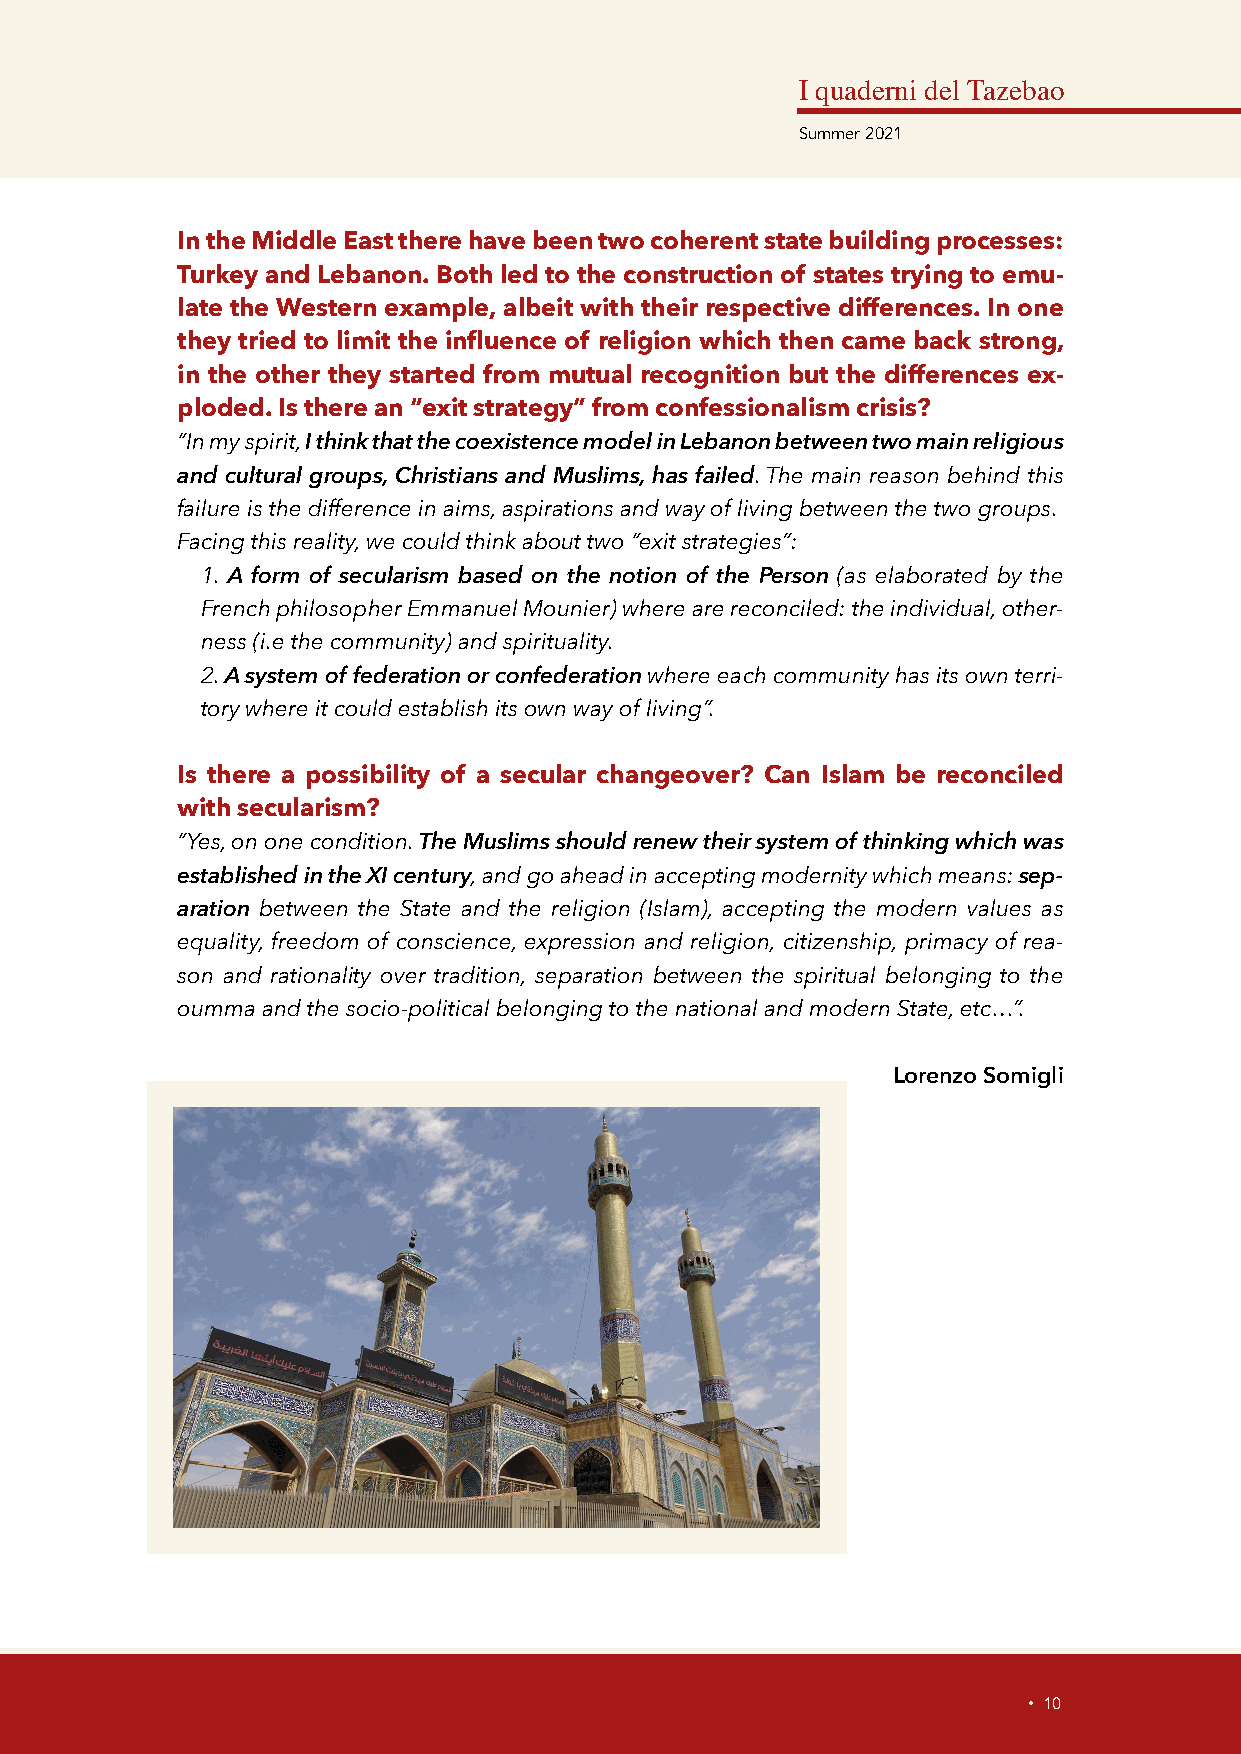
I quaderni del Tazebao
 Summer 2021
 In the Middle East there have been two coherent state building processes:
 Turkey and Lebanon. Both led to the construction of states trying to emu-
 late the Western example, albeit with their respective differences. In one
 they tried to limit the influence of religion which then came back strong,
 in the other they started from mutual recognition but the differences ex-
 ploded. Is there an “exit strategy” from confessionalism crisis?
 “In my spirit, I think that the coexistence model in Lebanon between two main religious
 and cultural groups, Christians and Muslims, has failed. The main reason behind this
 failure is the difference in aims, aspirations and way of living between the two groups.
 Facing this reality, we could think about two “exit strategies”:
 1. A form of secularism based on the notion of the Person (as elaborated by the
 French philosopher Emmanuel Mounier) where are reconciled: the individual, other-
 ness (i.e the community) and spirituality.
 2. A system of federation or confederation where each community has its own terri-
 tory where it could establish its own way of living”.
 Is there a possibility of a secular changeover? Can Islam be reconciled
 with secularism?
 “Yes, on one condition. The Muslims should renew their system of thinking which was
 established in the XI century, and go ahead in accepting modernity which means: sep-
 aration between the State and the religion (Islam), accepting the modern values as
 equality, freedom of conscience, expression and religion, citizenship, primacy of rea-
 son and rationality over tradition, separation between the spiritual belonging to the
 oumma and the socio-political belonging to the national and modern State, etc…”.
 Lorenzo Somigli
 • 10